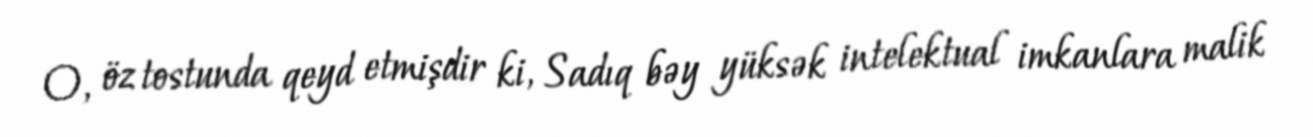
O, öz tostunda qeyd etmişdir ki, Sadıq bəy yüksək intelektual imkanlara malik